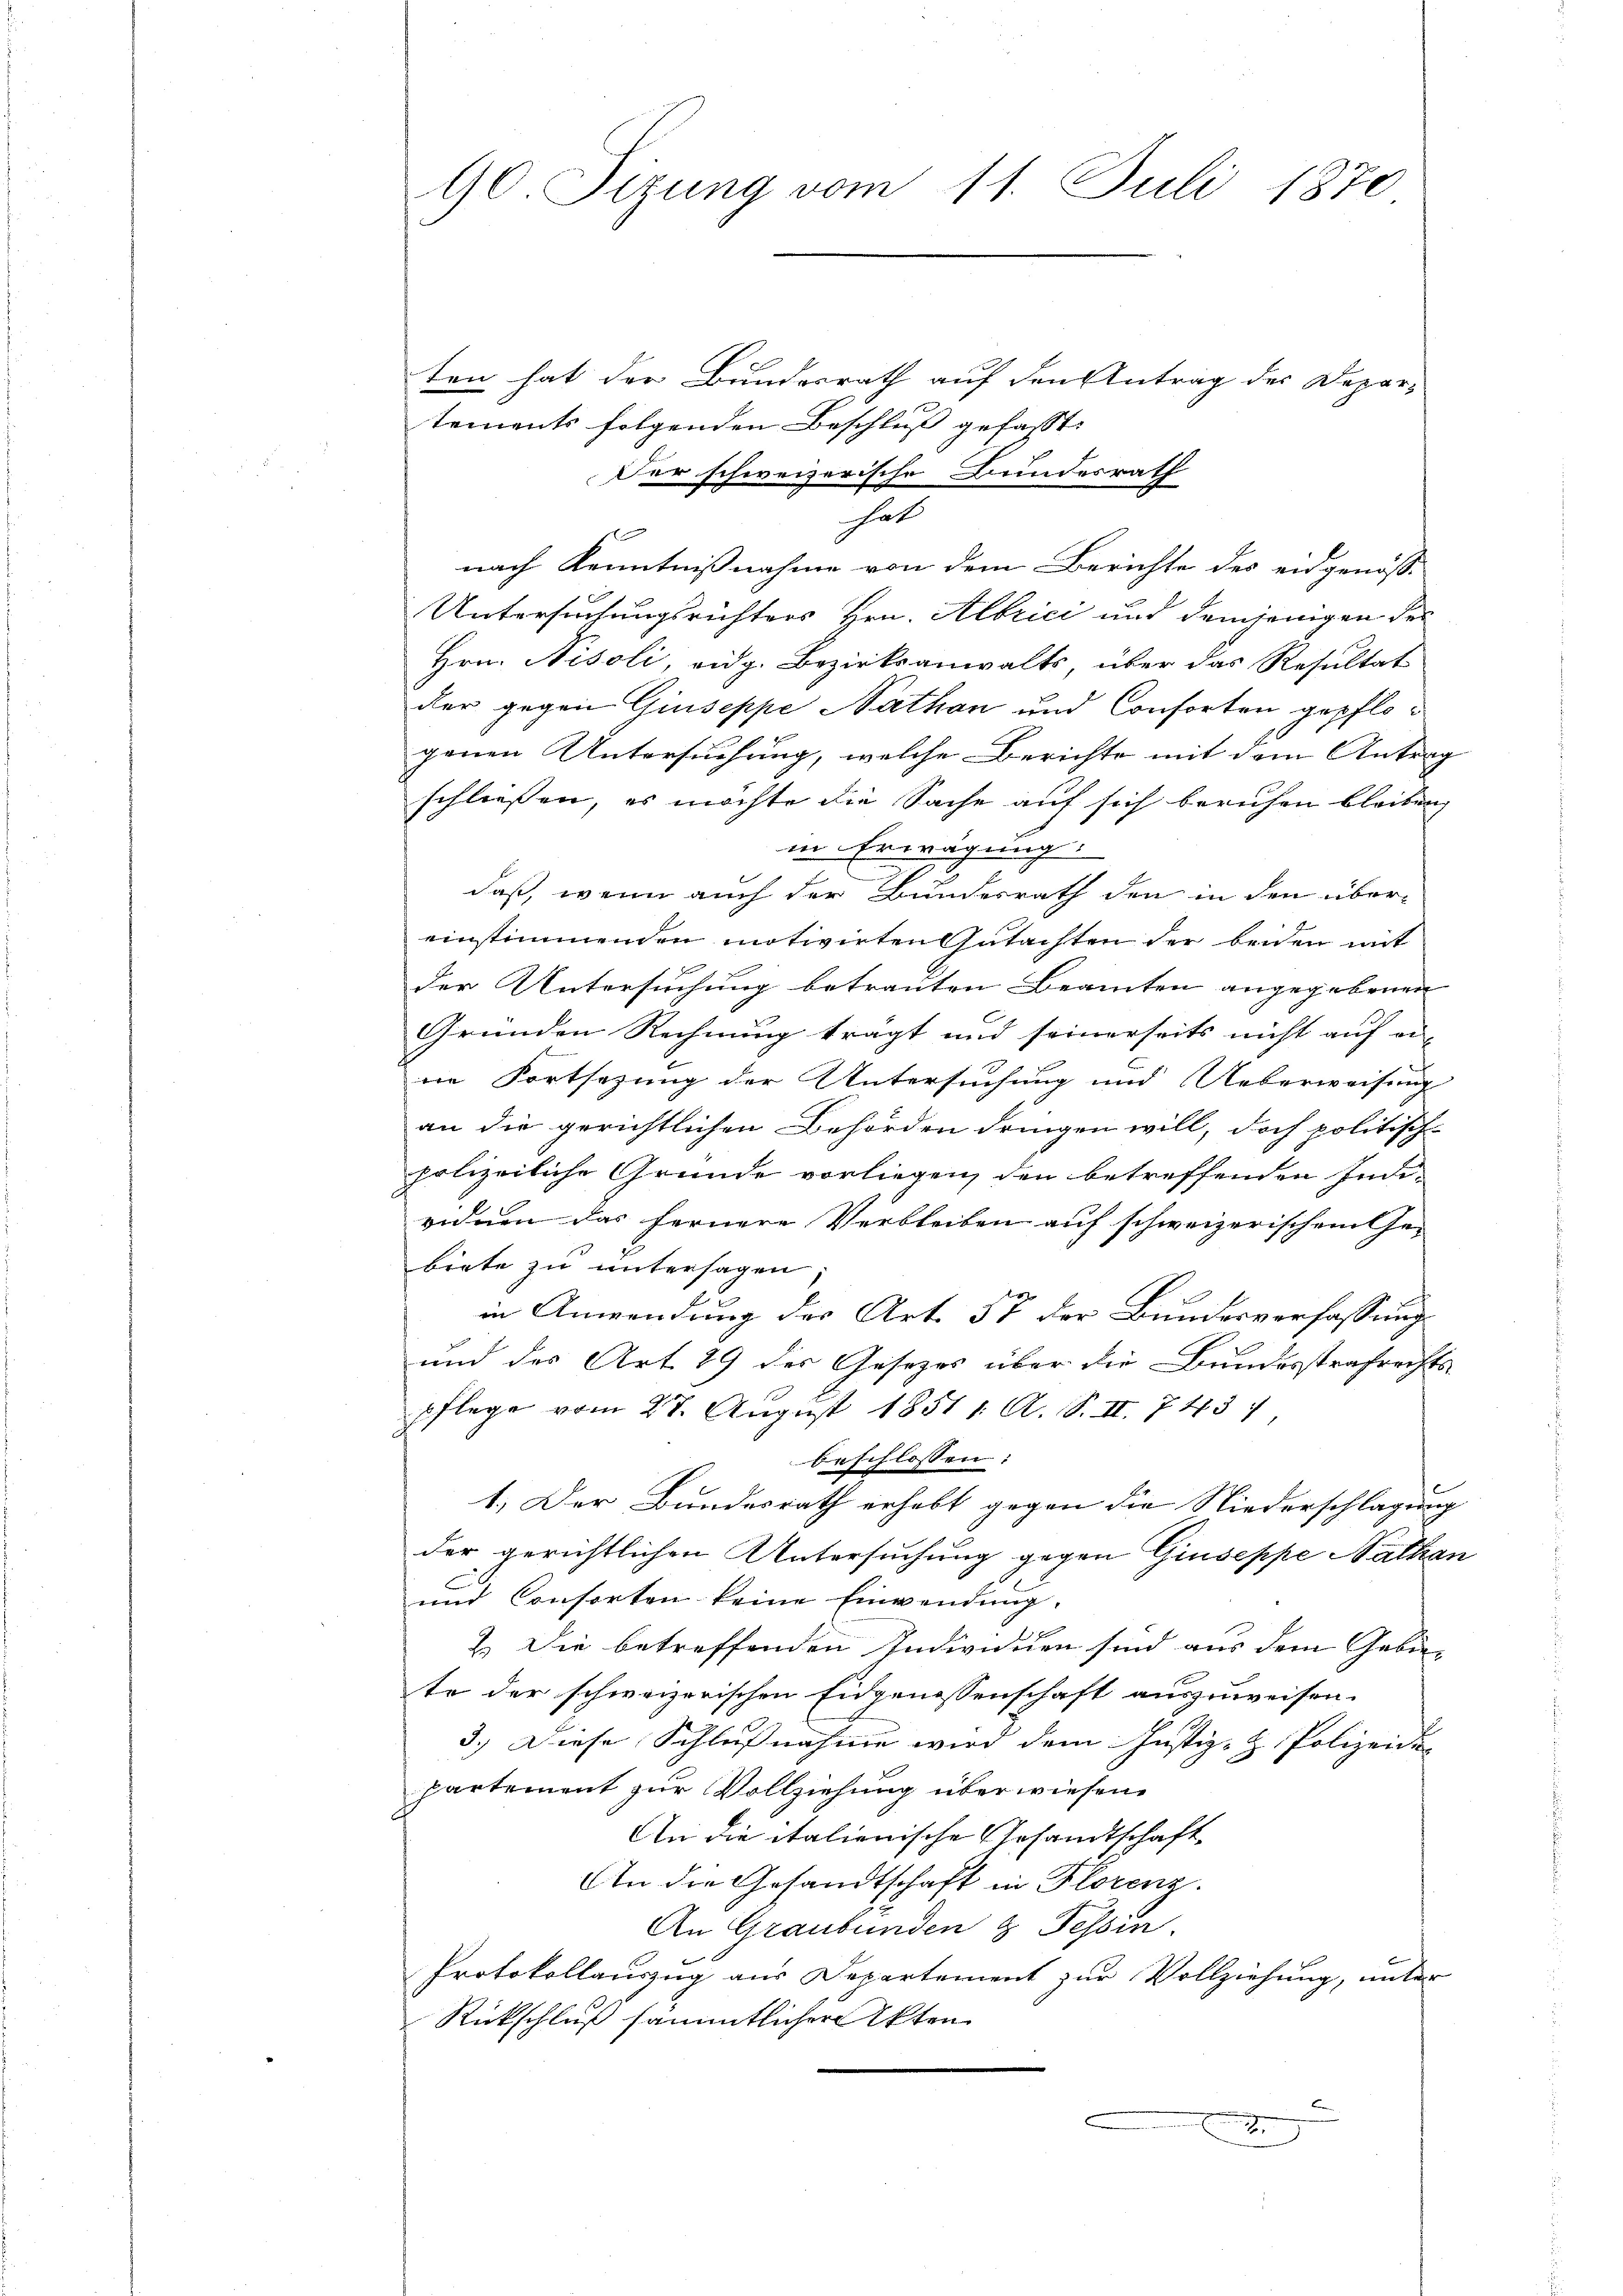
ten hat der Bundesrath auf den Antrag des Depar-
tements folgenden Beschluß gefasst. |
hat
f
Untersuchungsrichters Hrn. Albrici und demjenigen der
Hrn. Nisoli, eidg. Bezirksanwalts, über das Resultat
der gegen Giuseppe Nathan und Consorten gepflogenen Untersuchung, welche Berichte mit dem Antrag
schließen, es möchte die Sache auf sich beruhen bleiben,
in Erwägung
E
daß, wenn auch der Bundesrath den in den über-
einstimmenden motivirten Gutachten der beiden mit
der Untersuchung betrauten Beamten angegebenen
Gründen Rechnung trägt und seinerseits nicht auf an- |
ne Fortsezung der Untersuchung und Ueberweisung
an die gerichtlichen Behörden dringen will, doch politisch-
polizeiliche Grunde vorliegen den betreffenden Indi-
vinen das fernere Verbleiben auf schweizerischem Ge-
biete zu untersagen
in Anwendung der Art. 57 der Bundesverfassung
und des Art. 29 des Gesezes über die Bundesstrafrechts-
pflege vom 27. August 1851 1. A. S. II. 743.
beschlossen:
1.) Der Bundesrath erhebt gegen die Niederschlagung
der gerichtlichen Untersuchung gegen Giuseppe Nathan
und Consorten keine Einwendung.
2. Die betreffenden Individuen sind aus dem Gebie-
te der schweizerischen Eidgenossenschaft auszuweisen.
3.) Diese Schlußnahme wird dem Justiz- & Polizeide |
partement zur Vollziehung überwiesen.
An die italienische Gesandtschaft,
An die Gesandtschaft in Florenz.
An Graubünden & Fessen.
Protokollauszug aus Departement zur Vollziehung, unter
Rückschluß sämmtlicher Akten
A

90 Sizung vom 11. Juli 1870

Der schweizerische Bundesrath
nach Kenntnißnahme von dem Berichte des eidgenosse